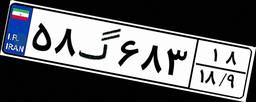
۵۸گ۶۸۳۱۸